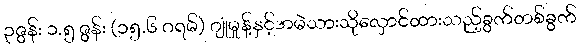
၃ဇွန်း ၁.၅ ဇွန်း (၁၅.၆ ဂရမ်) ဂျုံမှုန့်နှင့်အမဲသားသိုလှောင်ထားသည့်ခွက်တစ်ခွက်